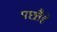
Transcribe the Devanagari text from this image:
पछ्तैहें